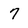
Character: 7